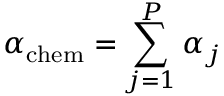
\alpha _ { \mathrm { c h e m } } = \sum _ { j = 1 } ^ { P } \alpha _ { j }